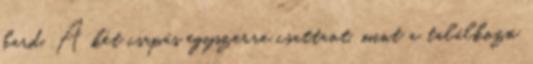
kard. A két csapás egyszerre csattant, mint a találkozó